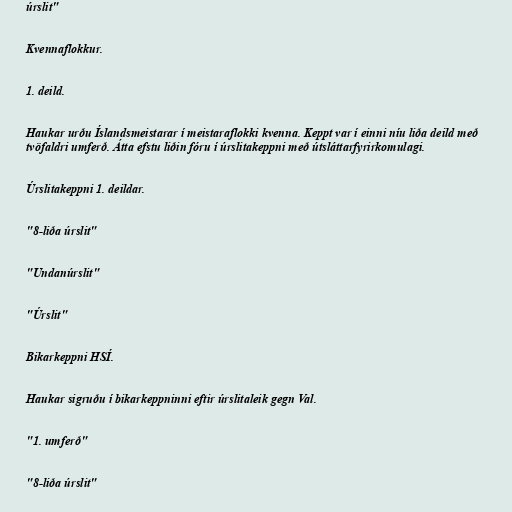
úrslit"

Kvennaflokkur.

1. deild.

Haukar urðu Íslandsmeistarar í meistaraflokki kvenna. Keppt var í einni níu liða deild með
tvöfaldri umferð. Átta efstu liðin fóru í úrslitakeppni með útsláttarfyrirkomulagi.

Úrslitakeppni 1. deildar.

"8-liða úrslit"

"Undanúrslit"

"Úrslit"

Bikarkeppni HSÍ.

Haukar sigruðu í bikarkeppninni eftir úrslitaleik gegn Val.

"1. umferð"

"8-liða úrslit"